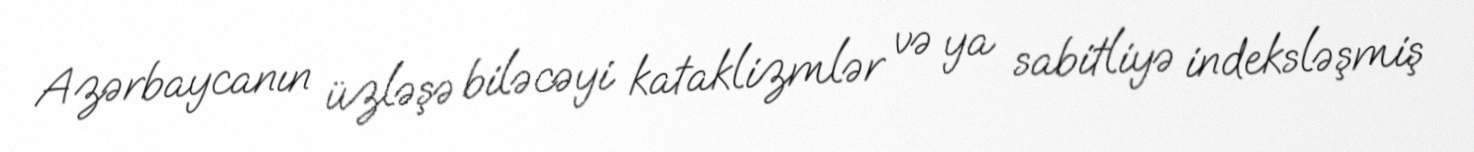
Azərbaycanın üzləşə biləcəyi kataklizmlər və ya sabitliyə indeksləşmiş